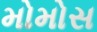
મોમોસ